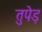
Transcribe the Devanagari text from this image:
तुपेड़